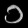
Digit: ၁